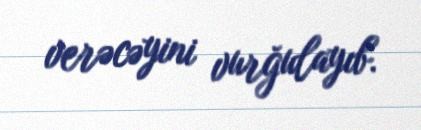
verəcəyini vurğulayıb.